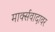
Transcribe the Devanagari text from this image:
मार्क्सवादावर